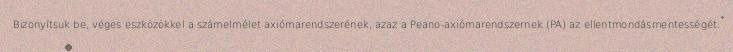
Bizonyítsuk be, véges eszközökkel a számelmélet axiómarendszerének, azaz a Peano-axiómarendszernek (PA) az ellentmondásmentességét.